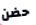
حضن